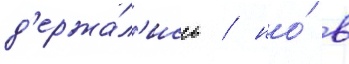
д'ержа́л'ись / но́ в